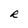
Character: R